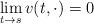
LaTeX: \begin{align*}\lim_{t \rightarrow s} v(t,\cdot)=0\end{align*}